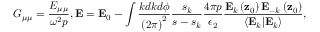
G _ { \mu \mu } = \frac { E _ { \mu \mu } } { \omega ^ { 2 } p } , \mathbf { E } = \mathbf { E } _ { 0 } - \int \frac { k d k d \phi } { \left( 2 \pi \right) ^ { 2 } } \frac { s _ { k } } { s - s _ { k } } \frac { 4 \pi p } { \epsilon _ { 2 } } \frac { \mathbf { E } _ { k } \left( \mathbf { z } _ { 0 } \right) \mathbf { E } _ { - k } \left( \mathbf { z } _ { 0 } \right) } { \left\langle \mathbf { E } _ { k } | \mathbf { E } _ { k } \right\rangle } ,